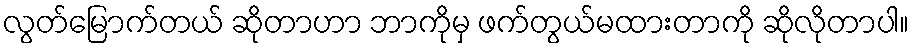
လွတ်မြောက်တယ် ဆိုတာဟာ ဘာကိုမှ ဖက်တွယ်မထားတာကို ဆိုလိုတာပါ။